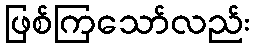
ဖြစ်ကြသော်လည်း